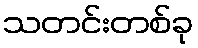
သတင်းတစ်ခု